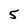
Character: 5